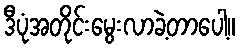
ဒီပုံအတိုင်းမွေးလာခဲ့တာပေါ့။